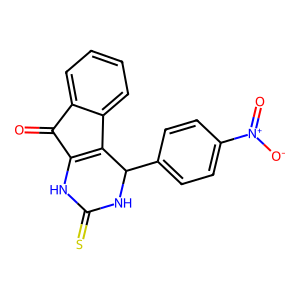
SMILES: O=C1C2=C(c3ccccc31)C(c1ccc([N+](=O)[O-])cc1)NC(=S)N2
Inhibits HIV replication: No